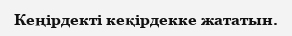
Кеңірдекті кеқірдекке жататын.